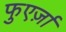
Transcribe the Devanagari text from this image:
फुएर्ज़ा